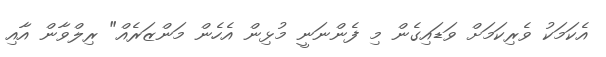
އެކަމަކު ވެރިކަމަށް ވަޑައިގެން މި ފެންނަނީ މުޅިން އެހެން މަންޒަރެއް" ރިލްވާން އާއި